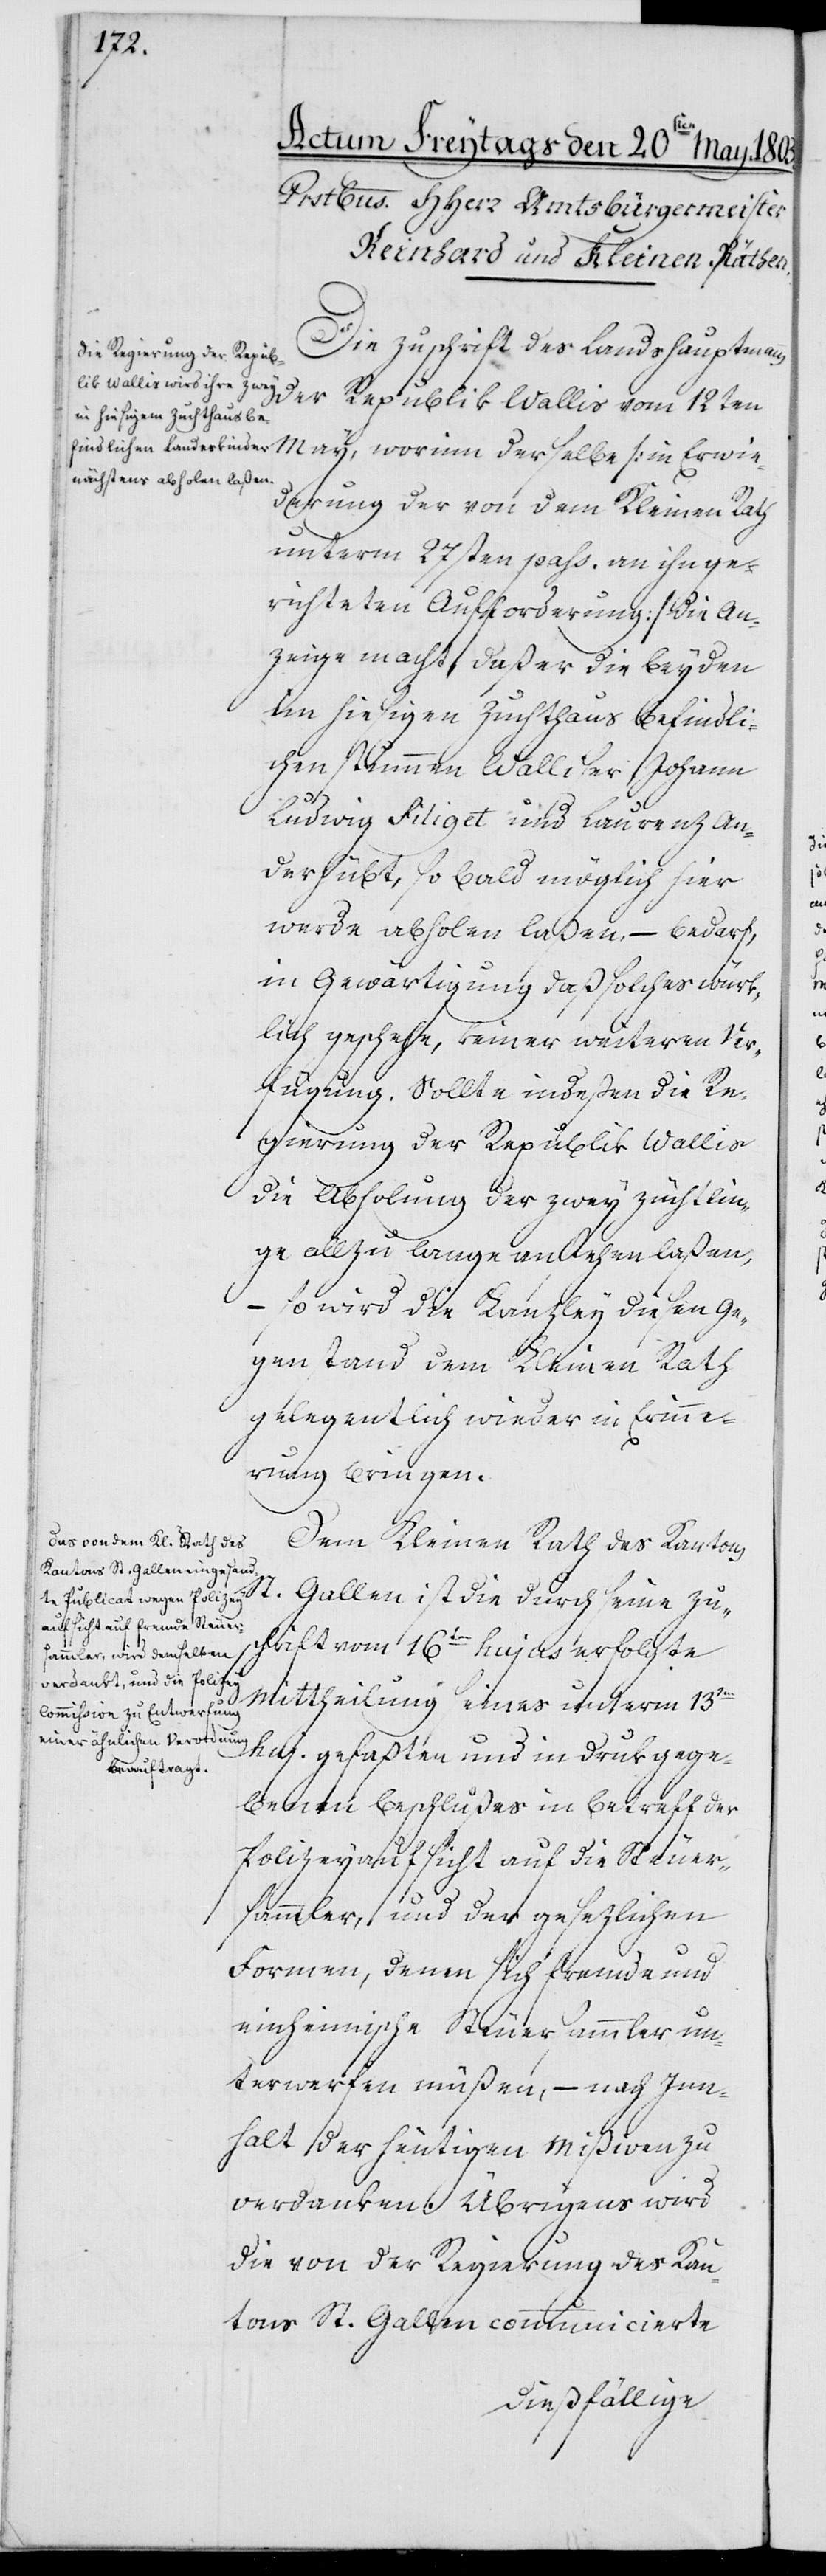
Die Zuschrift des Landeshauptmanns
der Republik Wallis vom 12ten
May, worinn derselbe (in Erwie¬
derung der von dem Kleinen Rath
unterm 27sten pass. an ihn ge¬
richteten Aufforderung) die An¬
zeige macht, daß er die beyden
im hiesigen Zuchthaus befindli¬
chen stummen Walliser Johann
Ludwig Filiget und Laurenz An¬
derhübt, so bald möglich hier
werde abholen laßen, – bedarf,
in Gewärtigung daß solches würk¬
lich geschehe, keiner weiteren Ver¬
fügung. Sollte indeßen die Re¬
gierung der Republik Wallis
die Abholung der zwey Züchtlin¬
ge allzu lange anstehen laßen,
– so wird die Kanzley diesen Ge¬
genstand dem Kleinen Rath
gelegentlich wieder in Erinne¬
rung bringen.
Dem Kleinen Rath des Kantons
St. Gallen ist die durch seine Zus¬
chrift vom 16ten hujus erfolgte
Mittheilung eines unterm 13ten
huj. gefaßten und in Druk gege¬
benen Beschlußes in Betreff der
Polizeyaufsicht auf die Steuer¬
sammler, und der gesezlichen
Formen, denen sich fremde und
einheimische Steuersammler un¬
terwerfen müßen, – nach Inn¬
halt der heutigen Mißiven zu
verdanken. Übrigens wird
die von der Regierung des Kan¬
tons St. Gallen communicierte